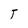
Character: T